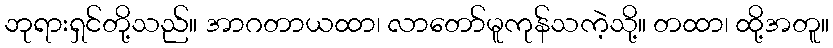
ဘုရားရှင်တို့သည်။ အာဂတာယထာ၊ လာတော်မူကုန်သကဲ့သို့။ တထာ၊ ထို့အတူ။